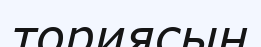
ториясын